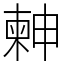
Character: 𣍃